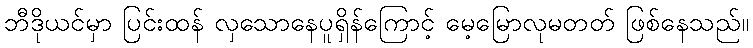
ဘီဒိုယင်မှာ ပြင်းထန် လှသောနေပူရှိန်ကြောင့် မေ့မြောလုမတတ် ဖြစ်နေသည်။